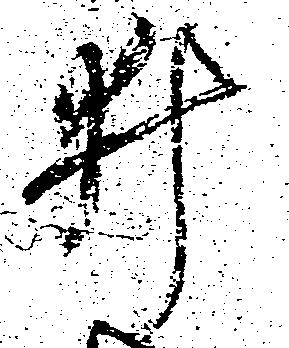
井